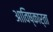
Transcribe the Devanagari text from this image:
आविष्कार्ता